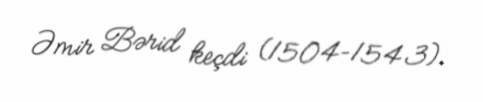
Əmir Bərid keçdi (1504–1543).